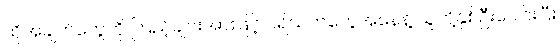
ထိုအချက်တွေကို ကြည့်ချင်းအားဖြင့် ပရိသတ်တွေအနေနဲ့ သူတို့နှစ်ဦးပေါင်းပြီး